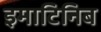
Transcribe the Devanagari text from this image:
इमाटिनिब